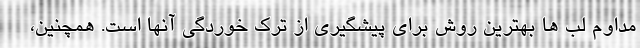
مداوم لب ها بهترین روش برای پیشگیری از ترک خوردگی آنها است. همچنین،